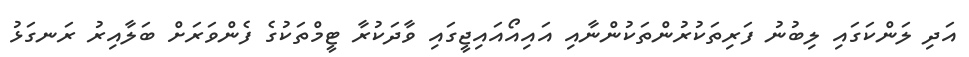
އަދި ލަންކަގައި ލިބުނު ފަރިތަކުރުންތަކުންނާއި އައިއޯއައިޖީގައި ވާދަކުރާ ޓީމްތަކުގެ ފެންވަރަށް ބަލާއިރު ރަނގަޅު